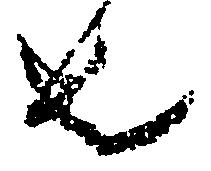
者